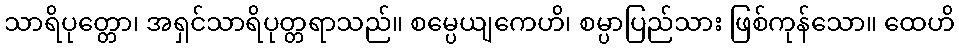
သာရိပုတ္တော၊ အရှင်သာရိပုတ္တရာသည်။ စမ္ပေယျကေဟိ၊ စမ္ပာပြည်သား ဖြစ်ကုန်သော။ ထေဟိ